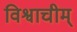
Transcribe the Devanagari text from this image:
विश्वाचीम्